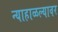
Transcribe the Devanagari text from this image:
न्याहाळल्यावर